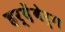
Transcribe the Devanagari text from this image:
हर्देंबेर्ग